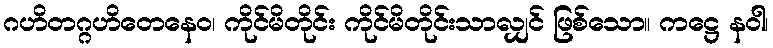
ဂဟိတဂ္ဂဟိတေနေဝ၊ ကိုင်မိတိုင်း ကိုင်မိတိုင်းသာလျှင် ဖြစ်သော။ ကဋ္ဌေ နဝါ၊